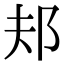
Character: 邞